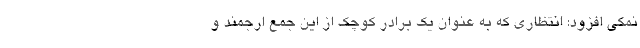
نمکی افزود: انتظاری که به عنوان یک برادر کوچک از این جمع ارجمند و